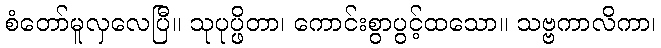
စံတော်မူလှလေပြီ။ သုပုပ္ဖိတာ၊ ကောင်းစွာပွင့်ထသော။ သဗ္ဗကာလိကာ၊